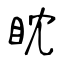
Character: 眈